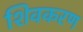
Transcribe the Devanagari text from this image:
शिवकरण